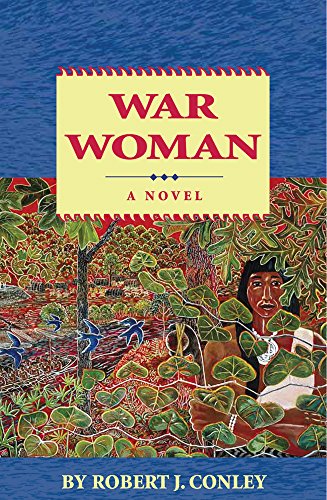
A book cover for War Woman, A Novel (Robert Conley's Real People Series); Robert J. Conley; Literature & Fiction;